Black-water fever - Number 35
Disease focus: Fever
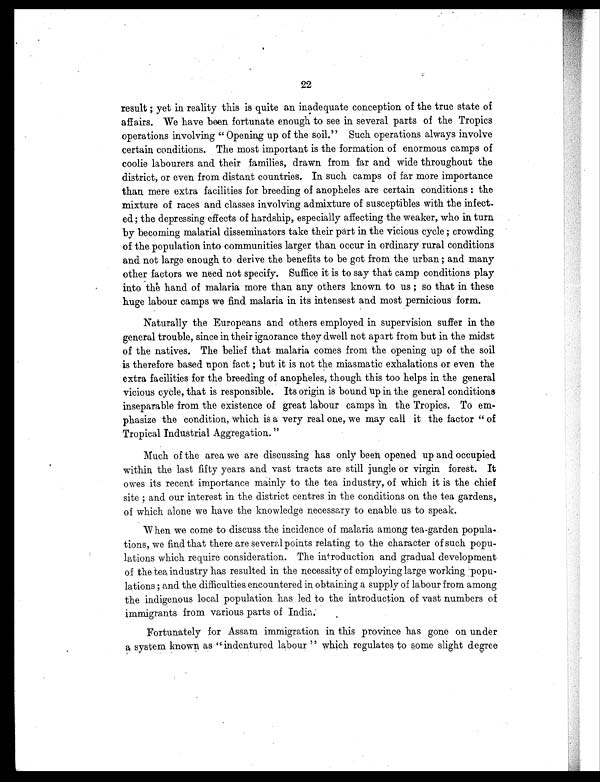
22
result ; yet in reality this is quite an inadequate conception of the true state of
affairs. We have been fortunate enough to see in several parts of the Tropics
operations involving " Opening up of the soil." Such operations always involve
certain conditions. The most important is the formation of enormous camps of
coolie labourers and their families, drawn from far and wide throughout the
district, or even from distant countries. In such camps of far more importance
than mere extra facilities for breeding of anopheles are certain conditions : the
mixture of races and classes involving admixture of susceptibles with the infect
-ed; the depressing effects of hardship, especially affecting the weaker, who in turn
by becoming malarial disseminators take their part in the vicious cycle ; crowding
of the population into communities larger than occur in ordinary rural conditions
and not large enough to derive the benefits to be got from the urban ; and many
other factors we need not specify. Suffice it is to say that camp conditions play
into the hand of malaria more than any others known to us ; so that in these
huge labour camps we find malaria in its intensest and most pernicious form.
Naturally the Europeans and others employed in supervision suffer in the
general trouble, since in their ignorance they dwell not apart from but in the midst
of the natives. The belief that malaria comes from the opening up of the soil
is therefore based upon fact ; but it is not the miasmatic exhalations or even the
extra facilities for the breeding of anopheles, though this too helps in the general
v i c i o u s c y c l e , t h a t i s r e s p o n s i b l e . I t s o r i g i n i s b o u n d u p i n t h e g e n e r a l c o n d i t i o n s
inseparable from the existence of great labour camps in the Tropics. To em
- p h a s i z e t h e c o n d i t i o n , w h i c h i s a v e r y r e a l o n e , w e m a y c a l l i t t h e f a c t o r " o f
Tropical Industrial Aggregation. "
Much of the area we are discussing has only been opened up and occupied
within the last fifty years and vast tracts are still jungle or virgin forest. It
owes its recent importance mainly to the tea industry, of which it is the chief
site ; and our interest in the district centres in the conditions on the tea gardens,
of which alone we have the knowledge necessary to enable us to speak.
When we come to discuss the incidence of malaria among tea-garden popula
-tions, we find that there are several points relating to the character of such popu
- l a t i o n s w h i c h r e q u i r e c o n s i d e r a t i o n . T h e i n t r o d u c t i o n a n d g r a d u a l d e v e l o p m e n t
of the tea industry has resulted in the necessity of employing large working popu
- l a t i o n s ; a n d t h e d i f f i c u l t i e s , e n c o u n t e r e d i n o b t a i n i n g a s u p p l y o f l a b o u r f r o m a m o n g
the indigenous local population has led to the introduction of vast numbers of
immigrants from various parts of India.
Fortunately for Assam immigration in this province has gone on under
a system known as " indentured labour " which regulates to some slight degree